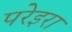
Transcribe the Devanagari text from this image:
परेइरा